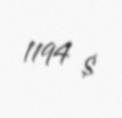
1194 $